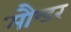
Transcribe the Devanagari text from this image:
मौन्डर